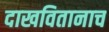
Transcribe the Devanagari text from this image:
दाखवितानाच